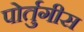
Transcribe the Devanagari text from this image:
पोर्तुगीस